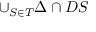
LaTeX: \cup _ { S \in T } \Delta \cap D S